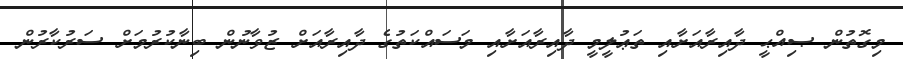
މިގޮތުން ޞިއްޙީ ދާއިރާއަށާއި ތަޢުލީމީ ދާއިރާއަށާއި މަސައްކަތުގެ ދާއިރާއަށް ޒުވާނުން ބިނާކުރުމަށް ސަރުކާރުން